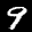
Label: 9